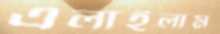
এলাইলাম